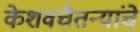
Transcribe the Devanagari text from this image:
केशवचैतन्यांचे